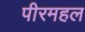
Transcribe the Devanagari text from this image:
पीरमहल